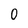
Character: 0